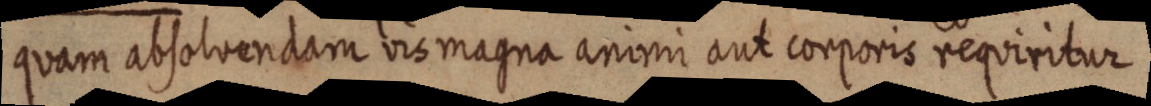
quam absolvendam vis magna animi aut corporis requiritur.